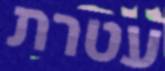
עטרת